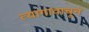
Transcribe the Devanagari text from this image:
त्यागावाचून